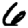
Digit: 6